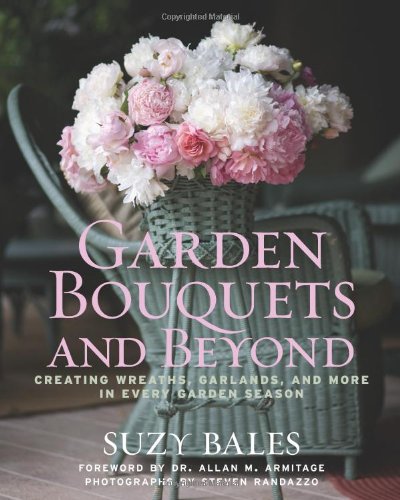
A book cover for Garden Bouquets and Beyond: Creating Wreaths, Garlands, and More in Every Garden Season; Suzy Bales; Crafts, Hobbies & Home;